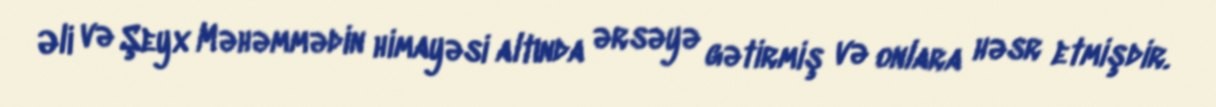
Əli və Şeyx Məhəmmədin himayəsi altında ərsəyə gətirmiş və onlara həsr etmişdir.